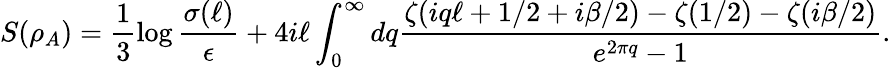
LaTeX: S(\rho_{A})=\frac{1}{3}\log\frac{\sigma(\ell)}{\epsilon}+4i\ell\int_{0}^{\infty}dq\frac{\zeta(iq\ell+1/2+i\beta/2)-\zeta(1/2)-\zeta(i\beta/2)}{e^{2\pi q}-1}.